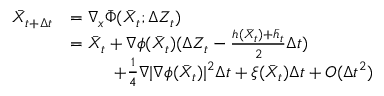
\begin{array} { r l } { \bar { X } _ { t + \Delta t } } & { = \nabla _ { x } \bar { \Phi } ( \bar { X } _ { t } ; \Delta Z _ { t } ) } \\ & { = \bar { X } _ { t } + \nabla \phi ( \bar { X } _ { t } ) ( \Delta Z _ { t } - \frac { h ( \bar { X } _ { t } ) + \bar { h } _ { t } } { 2 } \Delta t ) } \\ & { \qquad \; \; + \frac { 1 } { 4 } \nabla | \nabla \phi ( \bar { X } _ { t } ) | ^ { 2 } \Delta t + \xi ( \bar { X } _ { t } ) \Delta t + O ( \Delta t ^ { 2 } ) } \end{array}